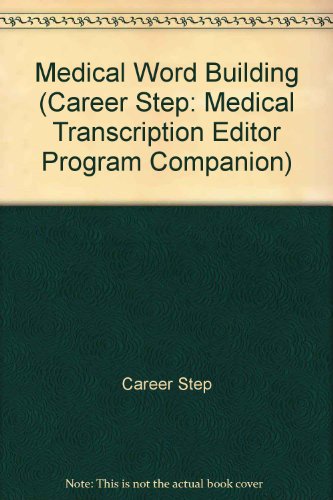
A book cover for Medical Word Building (Career Step: Medical Transcription Editor Program Companion); Career Step; Medical Books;